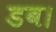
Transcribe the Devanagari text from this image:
डब।